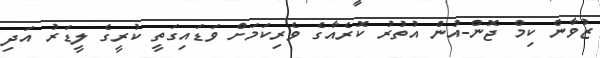
ޒުވާން ކިމް ޖޮން-އުން އުތުރު ކޮރެއާގެ ވެރިކަމަށް ވަޑައިގަތީ ކުރީގެ ލީޑަރު އަދި